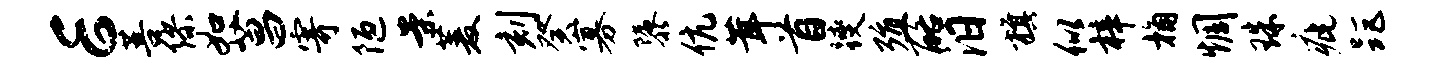
E菩缪如菖寄陋案菱刻癸寡隳伉茸首躞殖酪汨旗似梓桷惆珠疵距